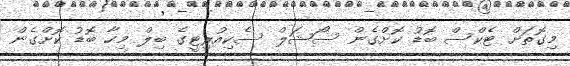
މިގޮތަށް ޓެކްސް ބޮޑު ކޮށްގެން ސޯޝަލް ސެކިއުރިޓީގެ ބިލް މިހާ ބޮޑު ކޮށްގެން